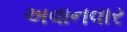
અવાનવાર